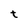
Character: t